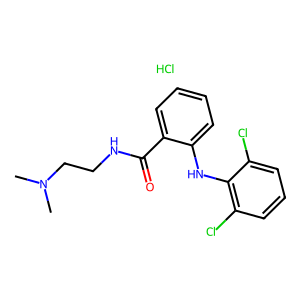
SMILES: CN(C)CCNC(=O)c1ccccc1Nc1c(Cl)cccc1Cl.Cl
Inhibits HIV replication: No